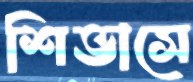
শিভাসে